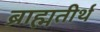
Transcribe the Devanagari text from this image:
ब्राह्मतीर्थ